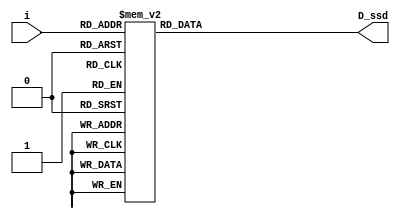
`timescale 1ns / 1ps
//////////////////////////////////////////////////////////////////////////////////
// Company: 
// Engineer: 
// 
// Design Name: 
// Module Name: D_ssd
// Project Name: 
// Target Devices: 
// Tool Versions: 
// Description: 
// 
// Dependencies: 
// 
// Revision:
// Revision 0.01 - File Created
// Additional Comments:
// 
//////////////////////////////////////////////////////////////////////////////////

`define SS_0 8'b00000011
`define SS_1 8'b10011111
`define SS_2 8'b00100101
`define SS_3 8'b00001101
`define SS_4 8'b10011001
`define SS_5 8'b01001001
`define SS_6 8'b01000001
`define SS_7 8'b00011111
`define SS_8 8'b00000001
`define SS_9 8'b00001001
`define SS_N 8'b11111111
`define SS_F 8'b01110001

module D_ssd(
    output reg [7:0] D_ssd,
    input [3:0] i
    );
    
    always @*
        case(i)
            4'd0: D_ssd = `SS_0;
            4'd1: D_ssd = `SS_1;
            4'd2: D_ssd = `SS_2;
            4'd3: D_ssd = `SS_3;
            4'd4: D_ssd = `SS_4;
            4'd5: D_ssd = `SS_5;
            4'd6: D_ssd = `SS_6;
            4'd7: D_ssd = `SS_7;
            4'd8: D_ssd = `SS_8;
            4'd9: D_ssd = `SS_9;
            4'd15: D_ssd = `SS_N;
            default: D_ssd = `SS_F;
        endcase
    
endmodule